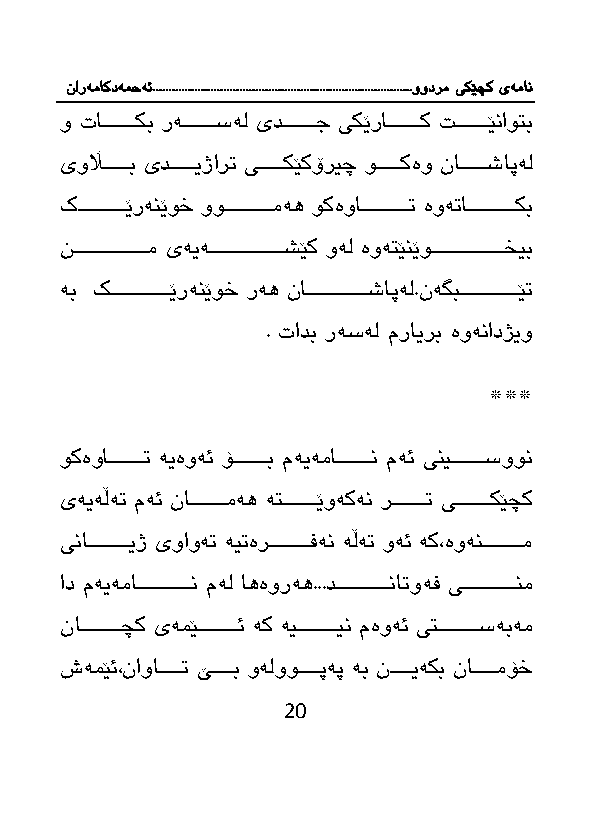
نارەماکدەمحە ئ.................................................................................وودرم یکێچک یەمان
 و تااااااااااكب رەاااااااااسەل یداااااااااج یكێرااااااااااك اااااااااێناوتب
 یوڵااااااااب یدااااااایژار یاااااااكێكۆریچ واااااااكەو نااااااااشاپەل
 كاااااااااااااێرەنێوخ ووااااااااااااامەه وكەواااااااااااااا ەوە ااااااااااااااكب
 ناااااااااااااااااااام یەیەااااااااااااااااااااشێك وەل ەوەتێنێوااااااااااااااااااااخیب
 ەب كااااااااااااااااێرەنێوخ رەه ناااااااااااااااااشاپەل.نەگبااااااااااااااااێ
 . تادب رەسەل مرایرب ەوەنادژیو
 ***
 وكەوااااااااااا ەیەوەئ ۆااااااااااب مەیەمااااااااااان مەئ ینیااااااااااسوون
 یەیەڵە مەئ نااااااااااامەه ەتااااااااااێوەكەن راااااااااا یااااااااااكێچك
 یناااااااااااایژ یواوە ەی ەرااااااااااافەن ەڵە وەئ ەك،ەوەنااااااااااام
 اد مەیەماااااااااااااااان مەل اهەورەه...دااااااااااااااانا وەف یااااااااااااااانم
 نااااااااااااچك یەمێااااااااااائ ەك ەیاااااااااااین مەوەئ یتاااااااااااسەبەم
 شەمێئ،ناوااااااا ێااااااب وەلووااااااپەپ ەب ناااااایەكب نااااااامۆخ
 20